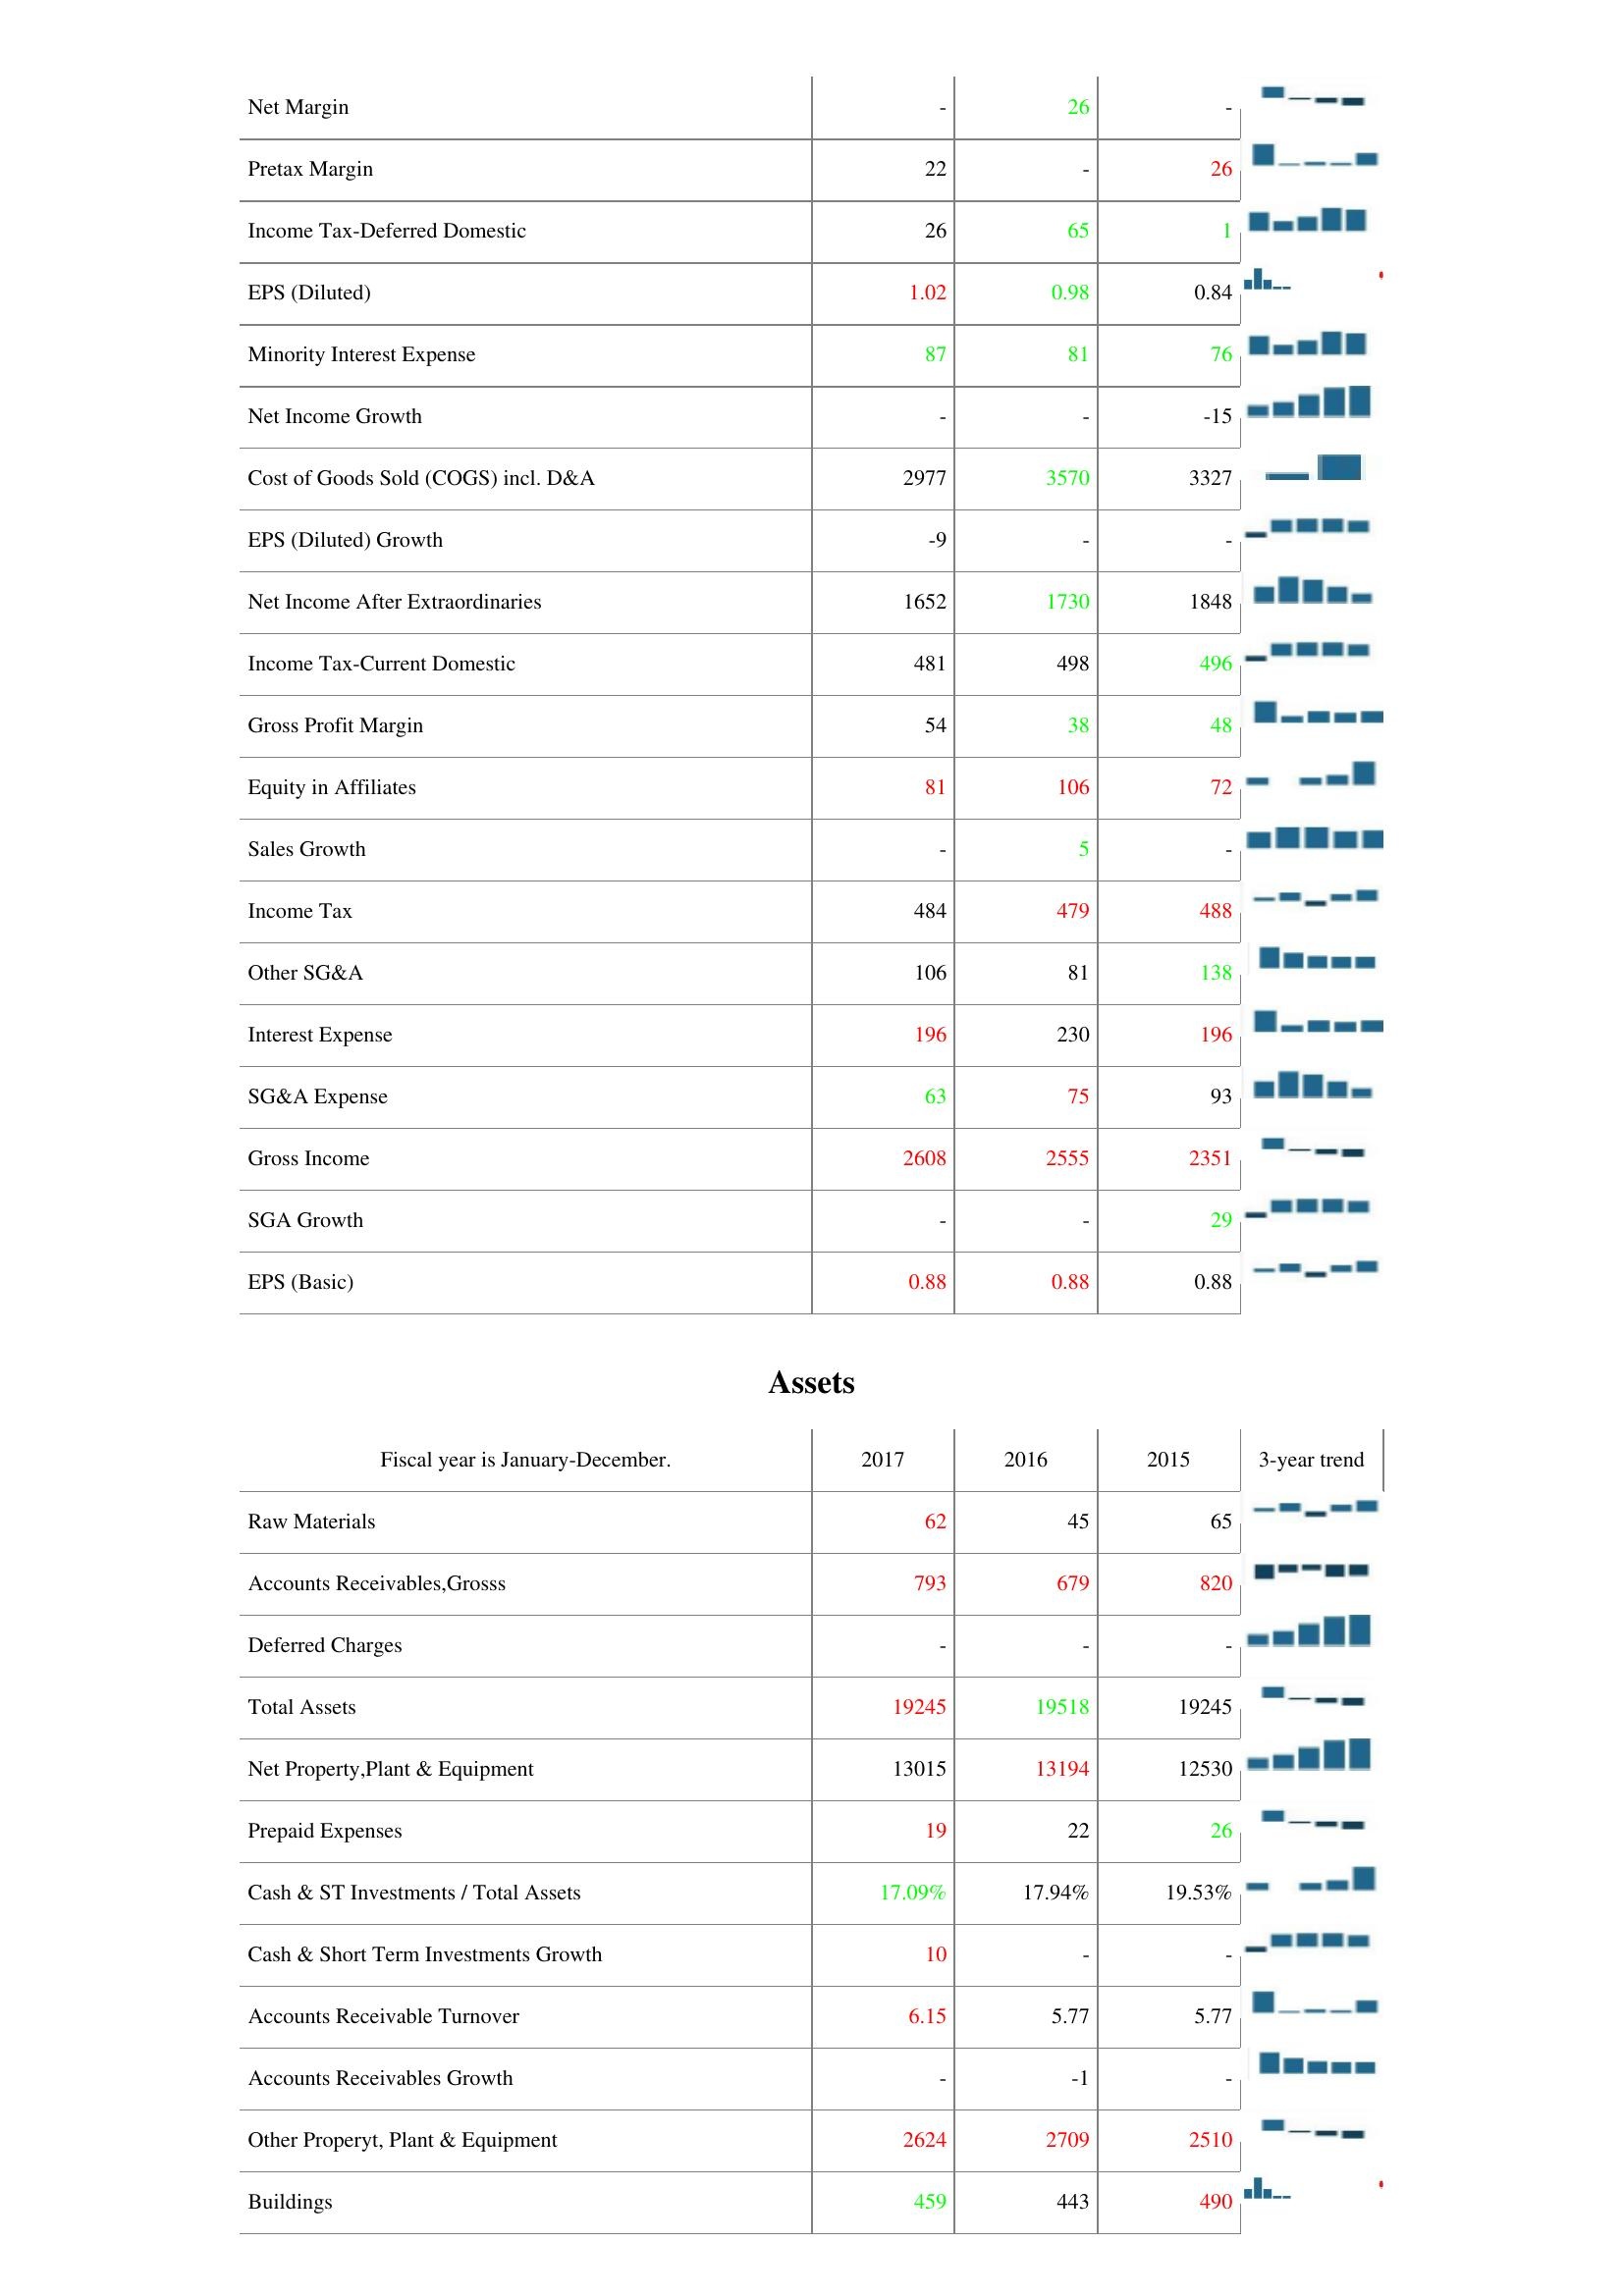
2017: : Net Margin: -
Pretax Margin: 22
Income Tax-Deferred Domestic: 26
EPS (Diluted): 1.02
Minority Interest Expense: 87
Net Income Growth: -
Cost of Goods Sold (COGS) incl. D&A: 2977
EPS (Diluted) Growth: -9
Net Income After Extraordinaries: 1652
Income Tax-Current Domestic: 481
Gross Profit Margin: 54
Equity in Affiliates: 81
Sales Growth: -
Income Tax: 484
Other SG&A: 106
Interest Expense: 196
SG&A Expense: 63
Gross Income: 2608
SGA Growth: -
EPS (Basic): 0.88
Assets: Raw Materials: 62
Accounts Receivables,Grosss: 793
Deferred Charges: -
Total Assets: 19245
Net Property,Plant & Equipment: 13015
Prepaid Expenses: 19
Cash & ST Investments / Total Assets: 17.09%
Cash & Short Term Investments Growth: 10
Accounts Receivable Turnover: 6.15
Accounts Receivables Growth: -
Other Properyt, Plant & Equipment: 2624
Buildings: 459
2016: : Net Margin: 26
Pretax Margin: -
Income Tax-Deferred Domestic: 65
EPS (Diluted): 0.98
Minority Interest Expense: 81
Net Income Growth: -
Cost of Goods Sold (COGS) incl. D&A: 3570
EPS (Diluted) Growth: -
Net Income After Extraordinaries: 1730
Income Tax-Current Domestic: 498
Gross Profit Margin: 38
Equity in Affiliates: 106
Sales Growth: 5
Income Tax: 479
Other SG&A: 81
Interest Expense: 230
SG&A Expense: 75
Gross Income: 2555
SGA Growth: -
EPS (Basic): 0.88
Assets: Raw Materials: 45
Accounts Receivables,Grosss: 679
Deferred Charges: -
Total Assets: 19518
Net Property,Plant & Equipment: 13194
Prepaid Expenses: 22
Cash & ST Investments / Total Assets: 17.94%
Cash & Short Term Investments Growth: -
Accounts Receivable Turnover: 5.77
Accounts Receivables Growth: -1
Other Properyt, Plant & Equipment: 2709
Buildings: 443
2015: : Net Margin: -
Pretax Margin: 26
Income Tax-Deferred Domestic: 1
EPS (Diluted): 0.84
Minority Interest Expense: 76
Net Income Growth: -15
Cost of Goods Sold (COGS) incl. D&A: 3327
EPS (Diluted) Growth: -
Net Income After Extraordinaries: 1848
Income Tax-Current Domestic: 496
Gross Profit Margin: 48
Equity in Affiliates: 72
Sales Growth: -
Income Tax: 488
Other SG&A: 138
Interest Expense: 196
SG&A Expense: 93
Gross Income: 2351
SGA Growth: 29
EPS (Basic): 0.88
Assets: Raw Materials: 65
Accounts Receivables,Grosss: 820
Deferred Charges: -
Total Assets: 19245
Net Property,Plant & Equipment: 12530
Prepaid Expenses: 26
Cash & ST Investments / Total Assets: 19.53%
Cash & Short Term Investments Growth: -
Accounts Receivable Turnover: 5.77
Accounts Receivables Growth: -
Other Properyt, Plant & Equipment: 2510
Buildings: 490